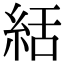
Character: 絬